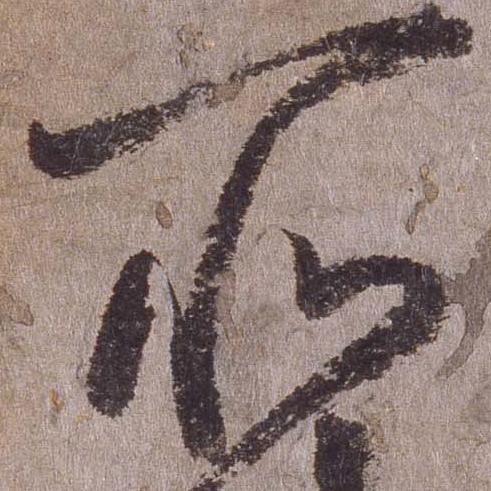
所